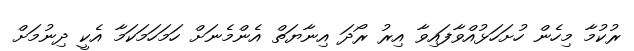
ރުކުމާ މިހެން ހުށަހަޅުއްވާފައިވާ އިރު ރޯދަ އިނާޔަތް އެންމެނަށް ހަމަހަމަކަމާ އެކީ ދިނުމަށް